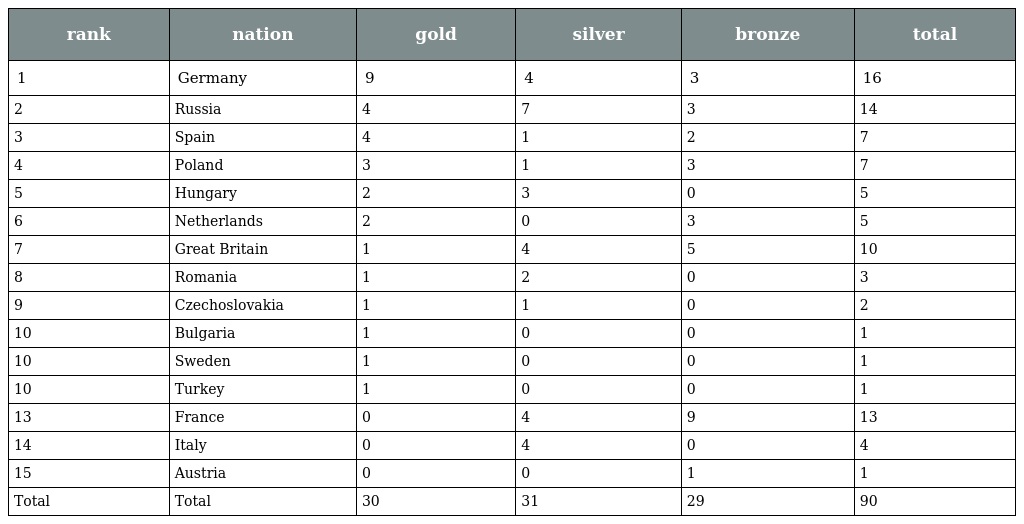
| rank | nation | gold | silver | bronze | total |
 | --- | --- | --- | --- | --- | --- |
 | 1 | Germany | 9 | 4 | 3 | 16 |
 | 2 | Russia | 4 | 7 | 3 | 14 |
 | 3 | Spain | 4 | 1 | 2 | 7 |
 | 4 | Poland | 3 | 1 | 3 | 7 |
 | 5 | Hungary | 2 | 3 | 0 | 5 |
 | 6 | Netherlands | 2 | 0 | 3 | 5 |
 | 7 | Great Britain | 1 | 4 | 5 | 10 |
 | 8 | Romania | 1 | 2 | 0 | 3 |
 | 9 | Czechoslovakia | 1 | 1 | 0 | 2 |
 | 10 | Bulgaria | 1 | 0 | 0 | 1 |
 | 10 | Sweden | 1 | 0 | 0 | 1 |
 | 10 | Turkey | 1 | 0 | 0 | 1 |
 | 13 | France | 0 | 4 | 9 | 13 |
 | 14 | Italy | 0 | 4 | 0 | 4 |
 | 15 | Austria | 0 | 0 | 1 | 1 |
 | Total | Total | 30 | 31 | 29 | 90 |